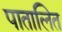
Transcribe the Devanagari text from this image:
पातालित